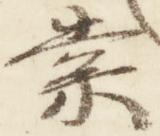
索